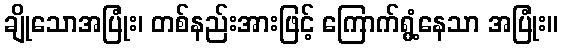
ချိုသောအပြုံး၊ တစ်နည်းအားဖြင့် ကြောက်ရွံ့နေသာ အပြုံး။